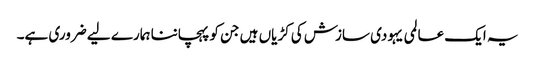
یہ ایک عالمی یہودی سازش کی کڑیاں ہیں جن کو پہچاننا ہمارے لیے ضروری ہے۔